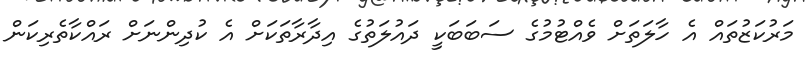
މަރުކަޒުތައް އެ ހާލަތަށް ވެއްޓުމުގެ ސަބަބަކީ ދައުލަތުގެ އިދާރާތަކަށް އެ ކުދިންނަށް ރައްކާތެރިކަން